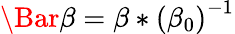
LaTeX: \Bar{\beta}=\beta*\left(\beta_{0}\right)^{-1}